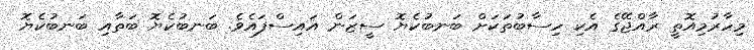
މިހާރުމިއޮތީ ރާއްޖޭގެ އެކި ހިސާބުތަކަށް ބަނބުކެޔޮ ސީޒަން އައިސްފައެވެ. ބަނބުކެޔޮ ބަތާއި ބަނބުކެޔޮ